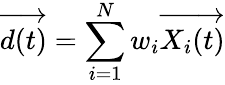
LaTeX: \overrightarrow{d(t)}=\sum_{i=1}^{N}w_{i}\overrightarrow{X_{i}(t)}